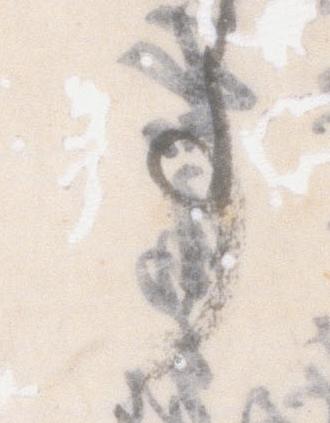
事